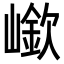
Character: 𡼲